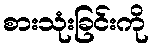
စားသုံးခြင်းကို